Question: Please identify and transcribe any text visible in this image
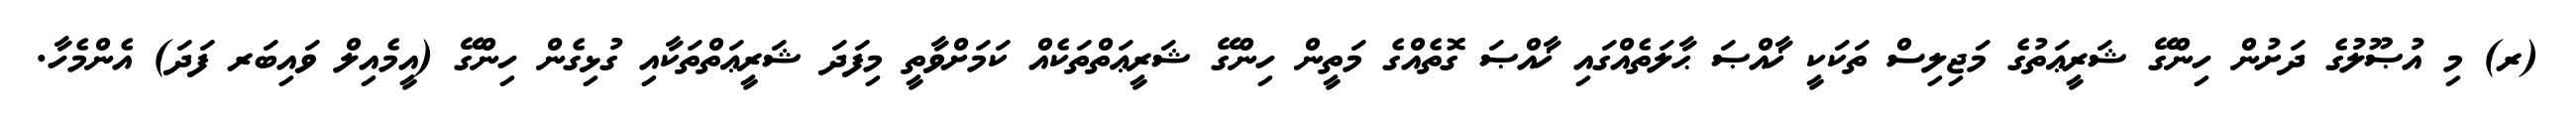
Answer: (ރ) މި އުޞޫލުގެ ދަށުން ހިންގޭ ޝަރީޢަތުގެ މަޖިލިސް ތަކަކީ ޚާއްޞަ ޙާލަތެއްގައި ޚާއްޞަ ގޮތެއްގެ މަތީން ހިންގޭ ޝަރީޢަތްތަކެއް ކަމަށްވާތީ މިފަދަ ޝަރީޢަތްތަކާއި ގުޅިގެން ހިންގޭ (އީމެއިލް ވައިބަރ ފަދަ) އެންމެހާ.